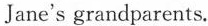
Jane's grandparents.